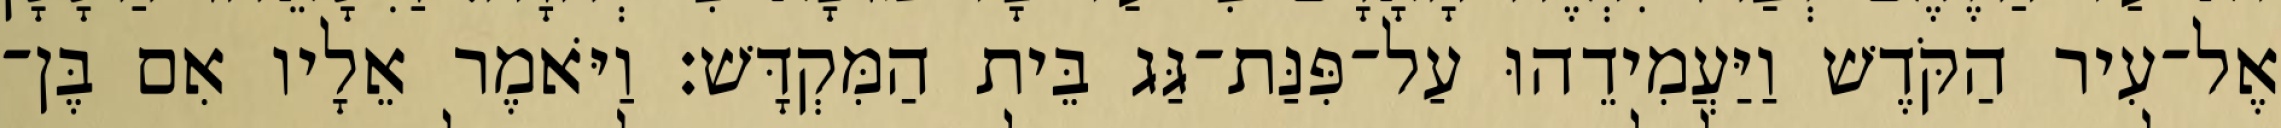
אֶל־עִיר הַקֹּדֶשׁ וַיַּעֲמִידֵהוּ עַל־פִּנַּת־גַּג בֵּית הַמִּקְדָּשׁ׃ וַיֹּאמֶר אֵלָיו אִם בֶּן־